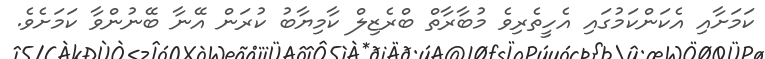
ކަމަށާއި އެކަންކަމުގައި އެހީތެރިވެ މުބާރާތް ބްރެޒިލް ކާމިޔާބު ކުރަން އޭނާ ބޭނުންވާ ކަމަށެވެ.